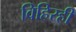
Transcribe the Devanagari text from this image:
विहिरही